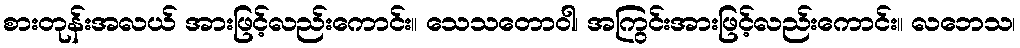
စားတုန်းအလယ် အားဖြင့်လည်းကောင်း။ သေသတောဝါ၊ အကြွင်းအားဖြင့်လည်းကောင်း။ လဘေသ၊